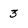
Character: 3